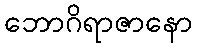
ဘောဂိရာဇာနော